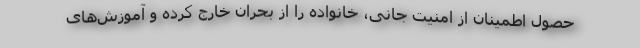
حصول اطمینان از امنیت جانی، خانواده را از بحران خارج کرده و آموزش‌های